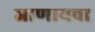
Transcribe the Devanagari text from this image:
जाणायचा